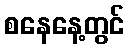
စနေနေ့တွင်